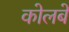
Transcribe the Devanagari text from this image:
कोलबे